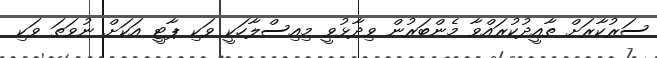
ސަރުކާރަށް ތާއީދުކުރައްވާ މެންބަރުން ވިދާޅުވީ މިއިސްލާހަކީ ވަކި ޕާޓީ އަކަށް ނުވަތަ ވަކި